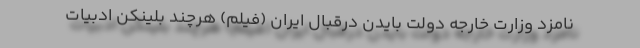
نامزد وزارت خارجه دولت بایدن درقبال ایران (فیلم) هرچند بلینکن ادبیات